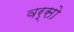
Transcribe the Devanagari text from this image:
वर्सो